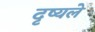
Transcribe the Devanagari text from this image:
दृष्यले